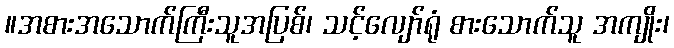
။အစားအသောက်ကြီးသူအပြစ်၊ သင့်လျော်ရုံ စားသောက်သူ အကျိုး၊